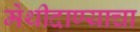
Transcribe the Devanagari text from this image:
मेथीदाण्याचा